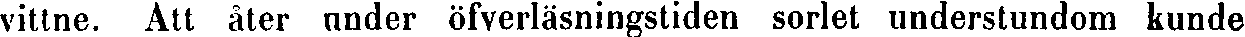
vittne. Att åter under öfverläsningstiden sorlet understundom kunde